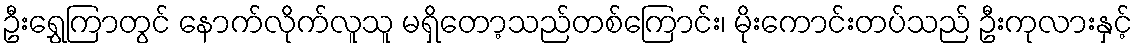
ဦးရွှေကြာတွင် နောက်လိုက်လူသူ မရှိတော့သည်တစ်ကြောင်း၊ မိုးကောင်းတပ်သည် ဦးကုလားနှင့်